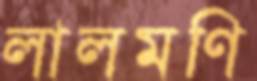
লালমণি